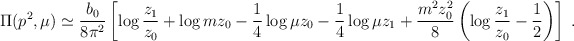
\begin{align*}\Pi(p^2,\mu) \simeq \frac{b_0}{8\pi^2} \left[\log\frac{z_1}{z_0}+ \log m z_0 - \frac{1}{4} \log\mu z_0 - \frac{1}{4} \log\mu z_1 + \frac{m^2 z_0^2}{8} \left( \log\frac{z_1}{z_0}-\frac{1}{2} \right) \right] \;.\end{align*}